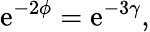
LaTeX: \mathrm{e}^{-2\phi}=\mathrm{e}^{-3\gamma},